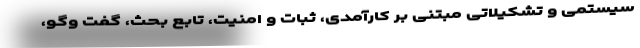
سیستمی و تشکیلاتی مبتنی بر کارآمدی، ثبات و امنیت، تابعِ بحث، گفت ­وگو،